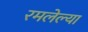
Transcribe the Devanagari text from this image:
रमलेल्या